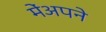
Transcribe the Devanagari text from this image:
मेंअपने